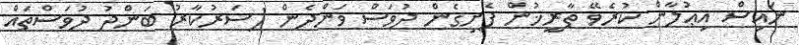
ނައިސް އިޢުލާން ކުރެވޭ ތާރީޚުން ފެށިގެން ދުވަސް ވަންދެން (ސަރުކާރު ބަންދު ދުވަސްތައް